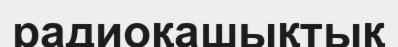
радиоқашықтық